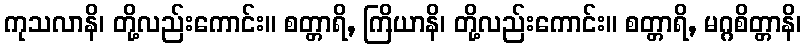
ကုသလာနိ၊ တို့လည်းကောင်း။ စတ္တာရိ, ကြိယာနိ၊ တို့လည်းကောင်း။ စတ္တာရိ, မဂ္ဂစိတ္တာနိ၊